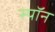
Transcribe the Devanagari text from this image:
स्पॉन